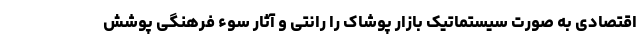
اقتصادی به صورت سیستماتیک بازار پوشاک را رانتی و آثار سوء فرهنگی پوشش